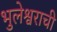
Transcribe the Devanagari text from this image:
भुलेश्वराची